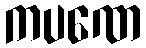
ကပဏေ